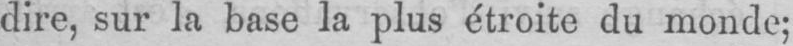
dire, sur la base la plus étroite du monde;